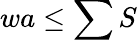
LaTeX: wa\leq\sum S